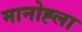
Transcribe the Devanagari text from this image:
मानोह्ला